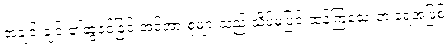
အချင်းချင်း၏ဆွဲငင်ခြင်းအင်အားစုများသည် သိပ်မပြင်းထန်ကြသေးဘဲ ရေအဖြစ်